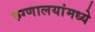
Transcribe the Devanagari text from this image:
रुग्णालयांमध्ये